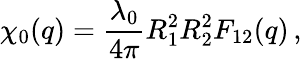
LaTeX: \chi_{0}(q)=\frac{\lambda_{0}}{4\pi}R_{1}^{2}R_{2}^{2}F_{12}(q)\, ,